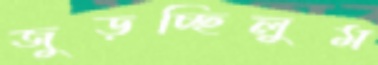
জুড়চ্ছিলুম